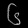
Digit: ၆